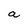
Character: a